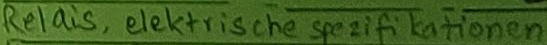
Text: Relais, elektrische spezifikationen